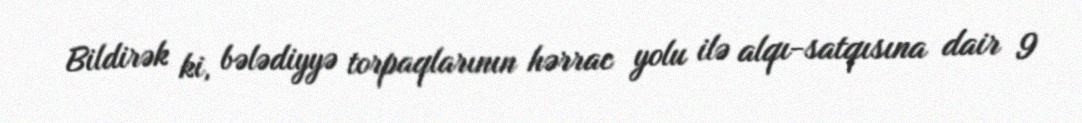
Bildirək ki, bələdiyyə torpaqlarının hərrac yolu ilə alqı-satqısına dair 9